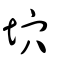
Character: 坹